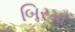
બિરમા